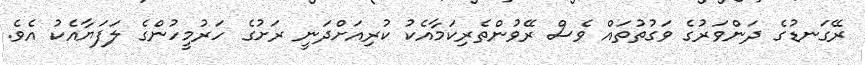
ރޭގަނޑުގެ ދަންވަރުގެ ވަގުތުތައް ވެސް ރޭވުންތެރިކަމާއެކު ކުރިއަށްދަނީ ރަށުގެ ހަރުމީހުންގެ ލަފަޔާއެކު އެވެ.